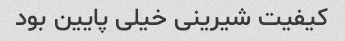
کیفیت شیرینی خیلی پایین بود